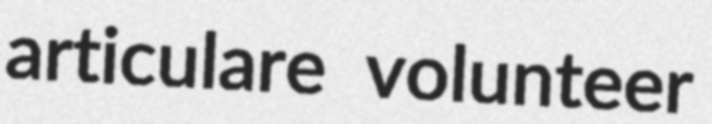
articulare volunteer